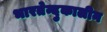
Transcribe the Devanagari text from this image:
भारतेन्दुकालीन